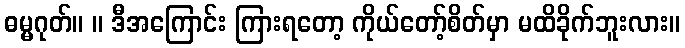
ဓမ္မဂုတ်။ ။ ဒီအကြောင်း ကြားရတော့ ကိုယ်တော့်စိတ်မှာ မထိခိုက်ဘူးလား။